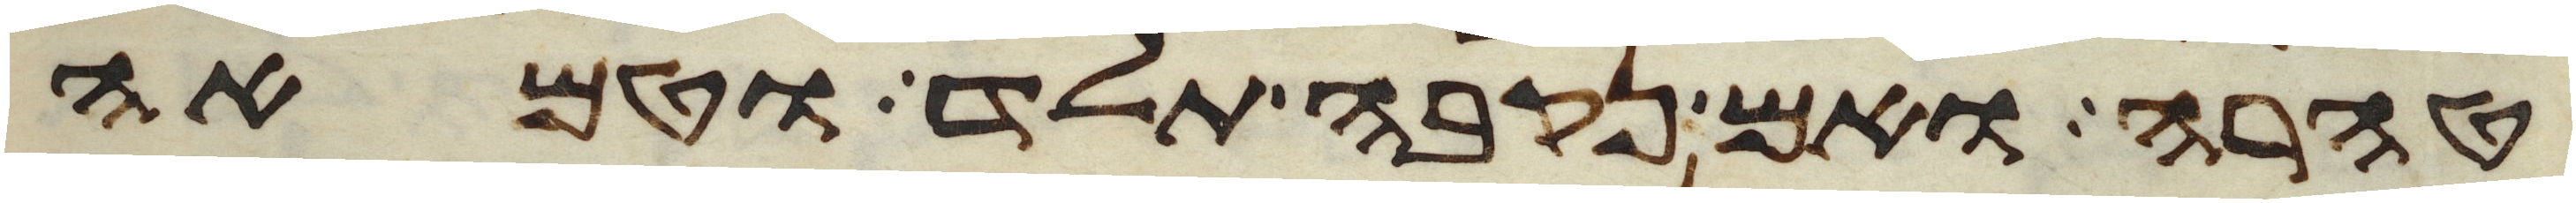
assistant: טהרה ואם נקבה תלד וטמאה